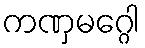
ကဏှမဂ္ဂေါ